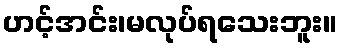
ဟင့်အင်း၊မလုပ်ရသေးဘူး။